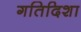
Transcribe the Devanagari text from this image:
गतिदिशा